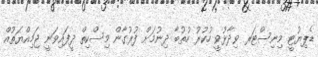
ޑެޕިޔުޓީ މިނިސްޓަރ ވިދާޅުވީ ހުކުރު ހުތުބާ ދިނުމަށް ފުރުގާން މިސްކިތް ދީފައިވަނީ ޖަމިއްޔަތުއް